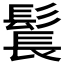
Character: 𩭨